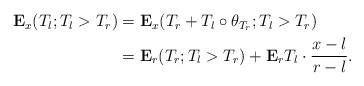
\begin{align*}\begin{aligned}\mathbf{E}_x(T_l; T_l>T_r)&=\mathbf{E}_x(T_r+T_l\circ \theta_{T_r}; T_l>T_r) \\&=\mathbf{E}_r(T_r; T_l>T_r)+\mathbf{E}_rT_l \cdot \frac{x-l}{r-l}. \end{aligned}\end{align*}